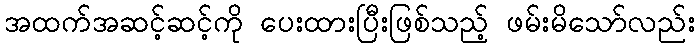
အထက်အဆင့်ဆင့်ကို ပေးထားပြီးဖြစ်သည့် ဖမ်းမိသော်လည်း